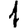
Digit: 1